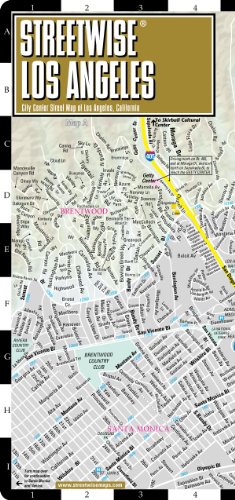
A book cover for Streetwise Los Angeles Map - Laminated City Center Street Map of Los Angeles, California; Streetwise Maps; Travel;